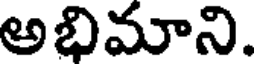
అభిమాని.